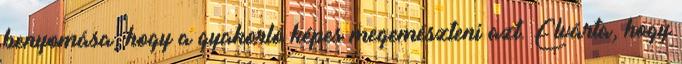
benyomása, hogy a gyakorló képes megemészteni azt. Elvárta, hogy